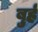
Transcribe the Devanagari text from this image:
बुर्ह